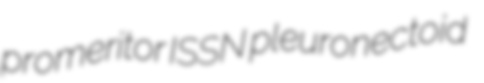
promeritor ISSN pleuronectoid